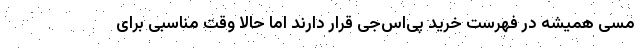
مسی همیشه در فهرست خرید پی‌اس‌جی قرار دارند اما حالا وقت مناسبی برای